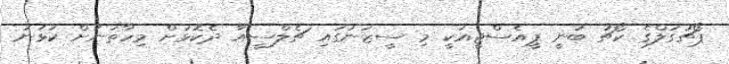
ޕޯޗުގަލްގެ ކޯޗު ބުނީ ޕީއެސްޖީއަކީ މި ސީޒަނުގައި ޗެލްސީއާ ދެކޮޅަށް މިހާތަނަށް ކުޅުނު